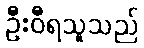
ဦးဝီရသူသည်